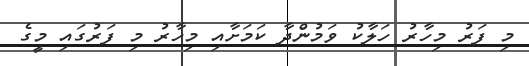
މި ފަރު މިހާރު ހަލާކު ވަމުންދާ ކަމަށާއި މިހާރު މި ފަރުގައި މީގެ